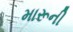
મારૂની